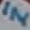
Text: IN